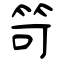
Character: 笴